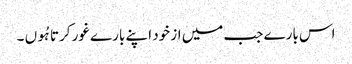
اس بارے جب میں از خود اپنے بارے غور کرتا ہُوں ۔